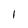
Character: I